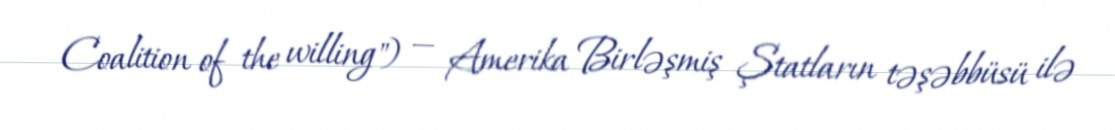
Coalition of the willing") — Amerika Birləşmiş Ştatların təşəbbüsü ilə